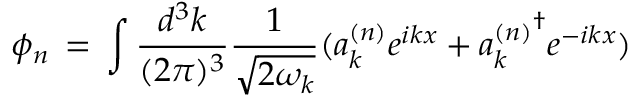
\phi _ { n } \, = \, \int \frac { d ^ { 3 } k } { ( 2 \pi ) ^ { 3 } } \frac { 1 } { \sqrt { 2 \omega _ { k } } } ( a _ { k } ^ { ( n ) } e ^ { i k x } + { a _ { k } ^ { ( n ) } } ^ { \dagger } e ^ { - i k x } )